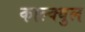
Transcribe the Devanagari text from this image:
काल्क्युल